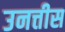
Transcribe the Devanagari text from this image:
उनत्तीस